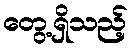
တွေ့ရှိသည့်